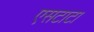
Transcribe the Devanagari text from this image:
एसटाटा